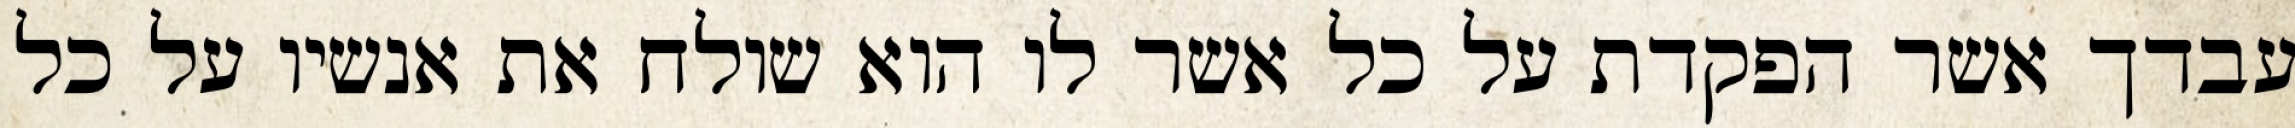
עבדך אשר הפקדת על כל אשר לו הוא שולח את אנשיו על כל